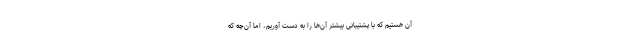
آن هستیم که با پشتیبانی بیشتر آن‌ها را به دست آوریم، اما آن‌چه که